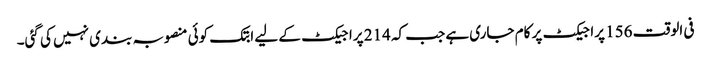
فی الوقت 156 پراجیکٹ پر کام جاری ہے جب کہ 214 پراجیکٹ کے لیے ابتک کوئی منصوبہ بندی نہیں کی گئی۔